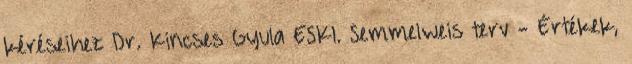
kéréseihez Dr. Kincses Gyula ESKI. Semmelweis terv - Értékek,